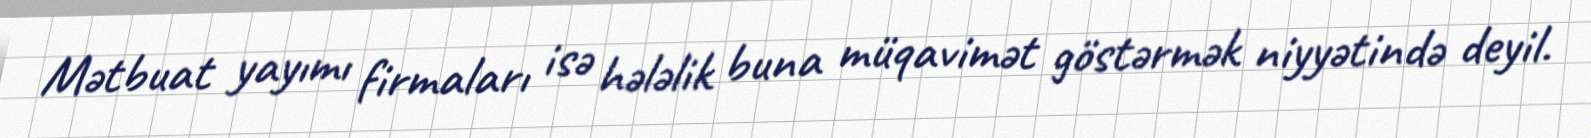
Mətbuat yayımı firmaları isə hələlik buna müqavimət göstərmək niyyətində deyil.